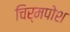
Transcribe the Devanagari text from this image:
चिर्मपोश